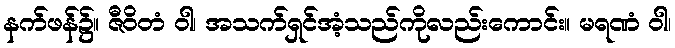
နက်ဖန်၌။ ဇီဝိတံ ဝါ၊ အသက်ရှင်အံ့သည်ကိုလည်းကောင်း။ မရဏံ ဝါ၊